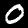
Label: 0